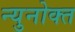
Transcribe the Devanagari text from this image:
न्युनोक्त